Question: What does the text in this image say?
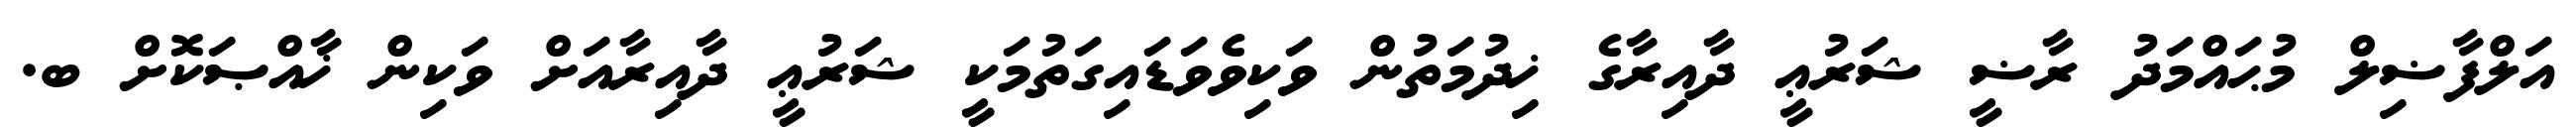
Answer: އަލްފާޟިލް މުޙައްމަދު ރާޟީ ޝަރުޢީ ދާއިރާގެ ޚިދުމަތުން ވަކިވެވަޑައިގަތުމަކީ ޝަރުޢީ ދާއިރާއަށް ވަކިން ޚާއްޞަކޮށް ބ.